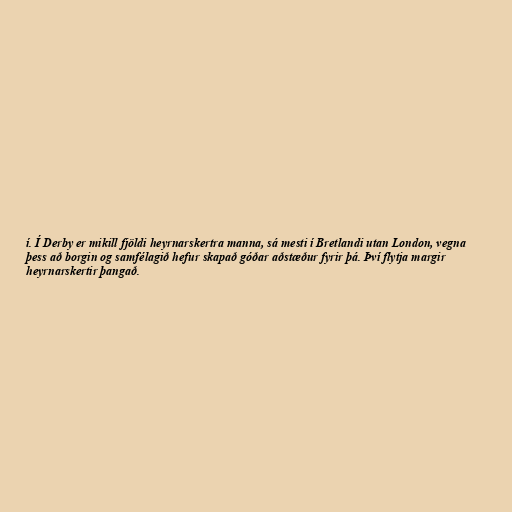
í. Í Derby er mikill fjöldi heyrnarskertra manna, sá mesti í Bretlandi utan London, vegna
þess að borgin og samfélagið hefur skapað góðar aðstæður fyrir þá. Því flytja margir
heyrnarskertir þangað.